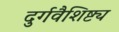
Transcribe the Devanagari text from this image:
दुर्गवैशिष्ट्य